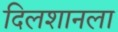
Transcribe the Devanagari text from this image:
दिलशानला